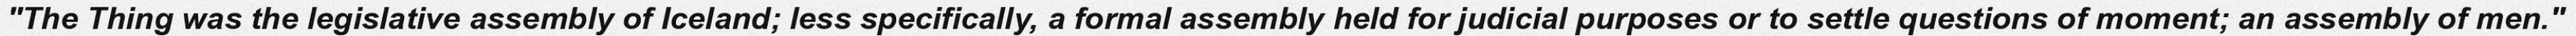
"The Thing was the legislative assembly of Iceland; less specifically, a formal assembly held for judicial purposes or to settle questions of moment; an assembly of men."